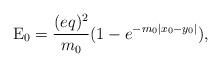
LaTeX: \begin{align*}{\rm E}_0 = \frac{(eq)^2}{m_0} (1 - e^{-m_0|x_0 - y_0|}),\end{align*}